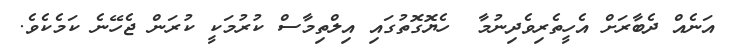
އަނެއް ދެބާރަށް އެހީތެރިވެދިނުމާ  ހެޔޮގޮތުގައި އިލްތިމާސް ކުރުމަކީ ކުރަން ޖެހޭނެ ކަމެކެވެ.